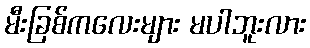
မီးခြစ်ကလေးများ မပါဘူးလား